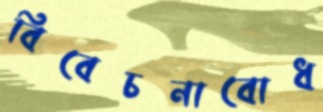
বিবেচনাবোধ